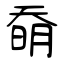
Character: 奣